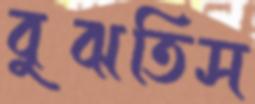
বুঝতিস